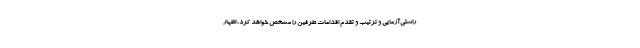
راستی‌آزمایی و ترتیب و تقدم اقدامات طرفین را مشخص خواهد کرد، اظهار